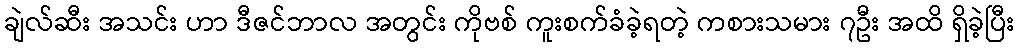
ချဲလ်ဆီး အသင်း ဟာ ဒီဇင်ဘာလ အတွင်း ကိုဗစ် ကူးစက်ခံခဲ့ရတဲ့ ကစားသမား ၇ဦး အထိ ရှိခဲ့ပြီး